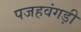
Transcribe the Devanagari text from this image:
पजहवंगड़ी